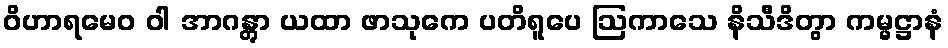
ဝိဟာရမေဝ ဝါ အာဂန္တွာ ယထာ ဖာသုကေ ပတိရူပေ ဩကာသေ နိသီဒိတွာ ကမ္မဋ္ဌာနံ